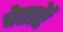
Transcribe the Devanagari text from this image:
चेष्टाऍं